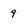
Character: 9